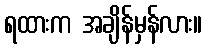
ရထားက အချိန်မှန်လား။